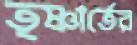
তৃষ্ণার্তের